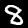
Digit: 8